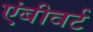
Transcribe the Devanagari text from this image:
एंबीवर्ट